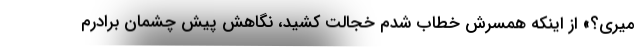
میری؟» از اینکه همسرش خطاب شدم خجالت کشید، نگاهش پیش چشمان برادرم